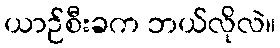
ယာဉ်စီးခက ဘယ်လိုလဲ။